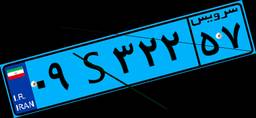
۵۲S۱۶۴۱۶